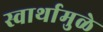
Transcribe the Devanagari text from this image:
स्वार्थामुळे